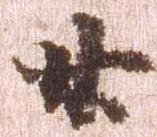
廿